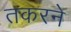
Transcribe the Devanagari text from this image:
तकरने